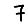
Digit: 7